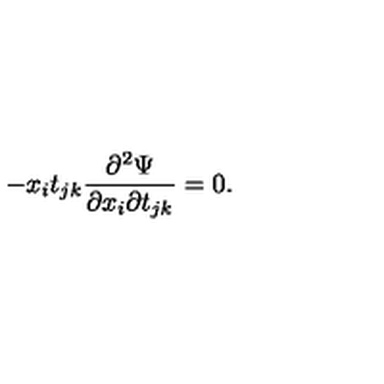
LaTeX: - x _ { i } t _ { j k } \frac { \partial ^ { 2 } \Psi } { \partial x _ { i } \partial t _ { j k } } = 0 .